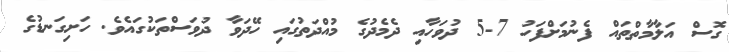
ގޮސް އަލާމާތްތައް ފެނުމަށްފަހު 7-5 ދުވަހާއި ދެމެދުގެ މުއްދަތުގައި ހޭދަވާ ދުވަސްތަކުގައެވެ. ހަށިގަނޑުގެ